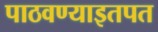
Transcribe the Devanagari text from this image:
पाठवण्याइतपत